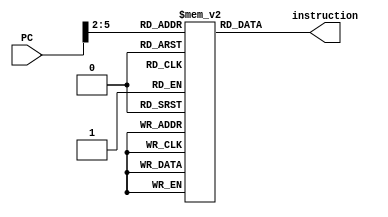
module Instruction_Mem(PC,instruction);

	input [31:0]PC;
	output [31:0]instruction;
	wire [14:0]PC_temp=PC[16:2];
	reg [31:0]instruction_mem[0:14];
	initial begin //initial instructions
		instruction_mem[0]<= 32'b00000010001100100100000000100000; // add $t0, $s1 , $s2 	t0=3	//ins1
		instruction_mem[1]<= 32'b00000001000100100100100000100010; // sub $t1, $t0 , $s2 	t1=1 
		instruction_mem[2]<= 32'b00000010001100100100000000100100; // and $t0, $s1 , $s2 	
		instruction_mem[3]<= 32'b00000010001100100100000000100101; // or $t0, $s1 , $s2 		
		instruction_mem[4]<= 32'b10001110010010000000000000000110; // lw $t0, 6($s2)
		instruction_mem[5]<= 32'b10101110001101010000000000100111; // sw $s5, 39 ($s1)
		instruction_mem[6]<= 32'b10001110011010110000000000100101; // lw $t3, 37($s3)
		instruction_mem[7]<= 32'b00100010001100100000000000001111; // addi $s2, $s1 ,15
		instruction_mem[8]<= 32'b00000010000100010110100000101010; // slt $t5, $s0, $s1
		instruction_mem[9]<= 32'b00010010001100101111111111110110; // beq $s1, $s2, instruction 1		$s1 != $S2, no jump
		instruction_mem[10]<=32'b00001000000000000000000000001101; // jump to ins 14
		instruction_mem[11]<=32'b00000010001100100100000000100000; // add $t0, $s1 , $s2 
		instruction_mem[12]<=32'b00000010001100100100000000100010; // sub $t0, $s1 , $s2 
		instruction_mem[13]<=32'b00000010011100100111100000010010; // mul $t0, $s3, $s2
		instruction_mem[14]<=32'b00010010001100011111111111110010; // beq $s1, $s1, instruction 1		jump to ins 1
	end
	assign instruction=instruction_mem[PC_temp];

endmodule